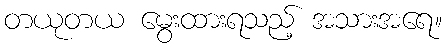
တယုတယ မွေးထားရသည့် အသားအရေ။